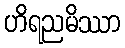
ဟိရညမိဿာ